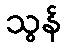
သွန်